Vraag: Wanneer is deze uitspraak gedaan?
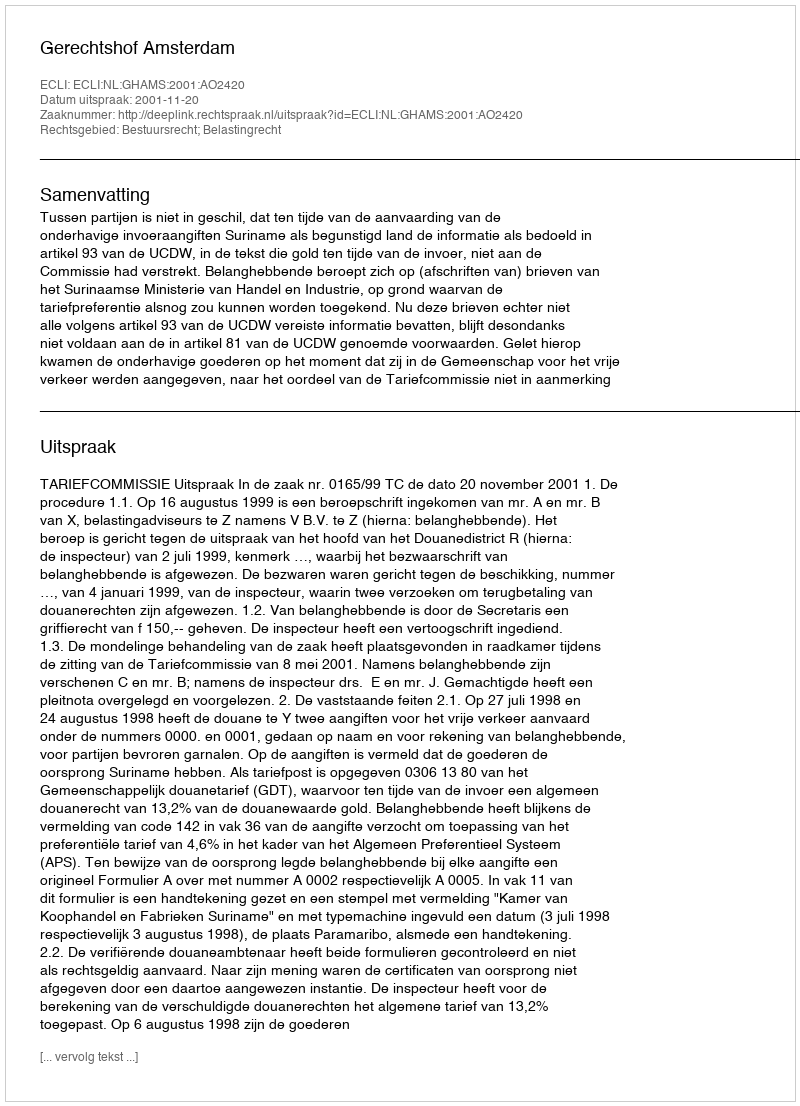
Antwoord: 2001-11-20